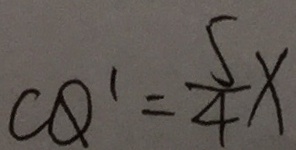
C Q ^ { \prime } = \frac { 5 } { 4 } x